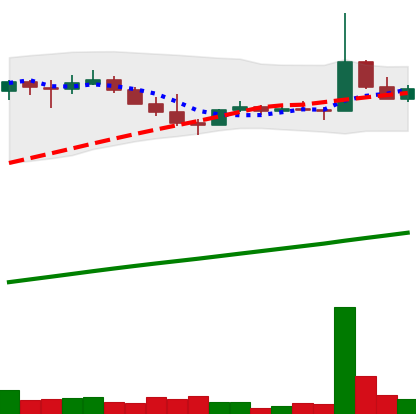
Ticker: DOGE-USD
Chart end date: 2021-04-04
Forward return: 7.456%
Label: up_7plus